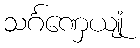
သင်္ဂဏှေယျုံ